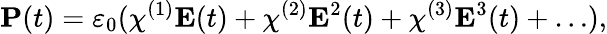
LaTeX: \mathbf{P}(t)=\varepsilon_{0}(\chi^{(1)}\mathbf{E}(t)+\chi^{(2)}\mathbf{E}^{2}(t)+\chi^{(3)}\mathbf{E}^{3}(t)+\ldots),